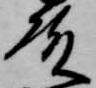
殿